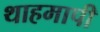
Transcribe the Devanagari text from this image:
थाहमापी